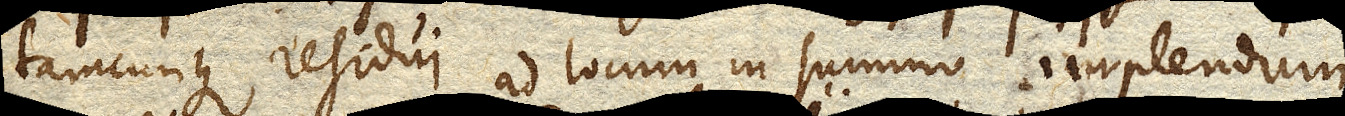
tamcunque residui ad locum in summo implendum